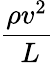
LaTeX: \frac{\rho v^{2}}{\ L}